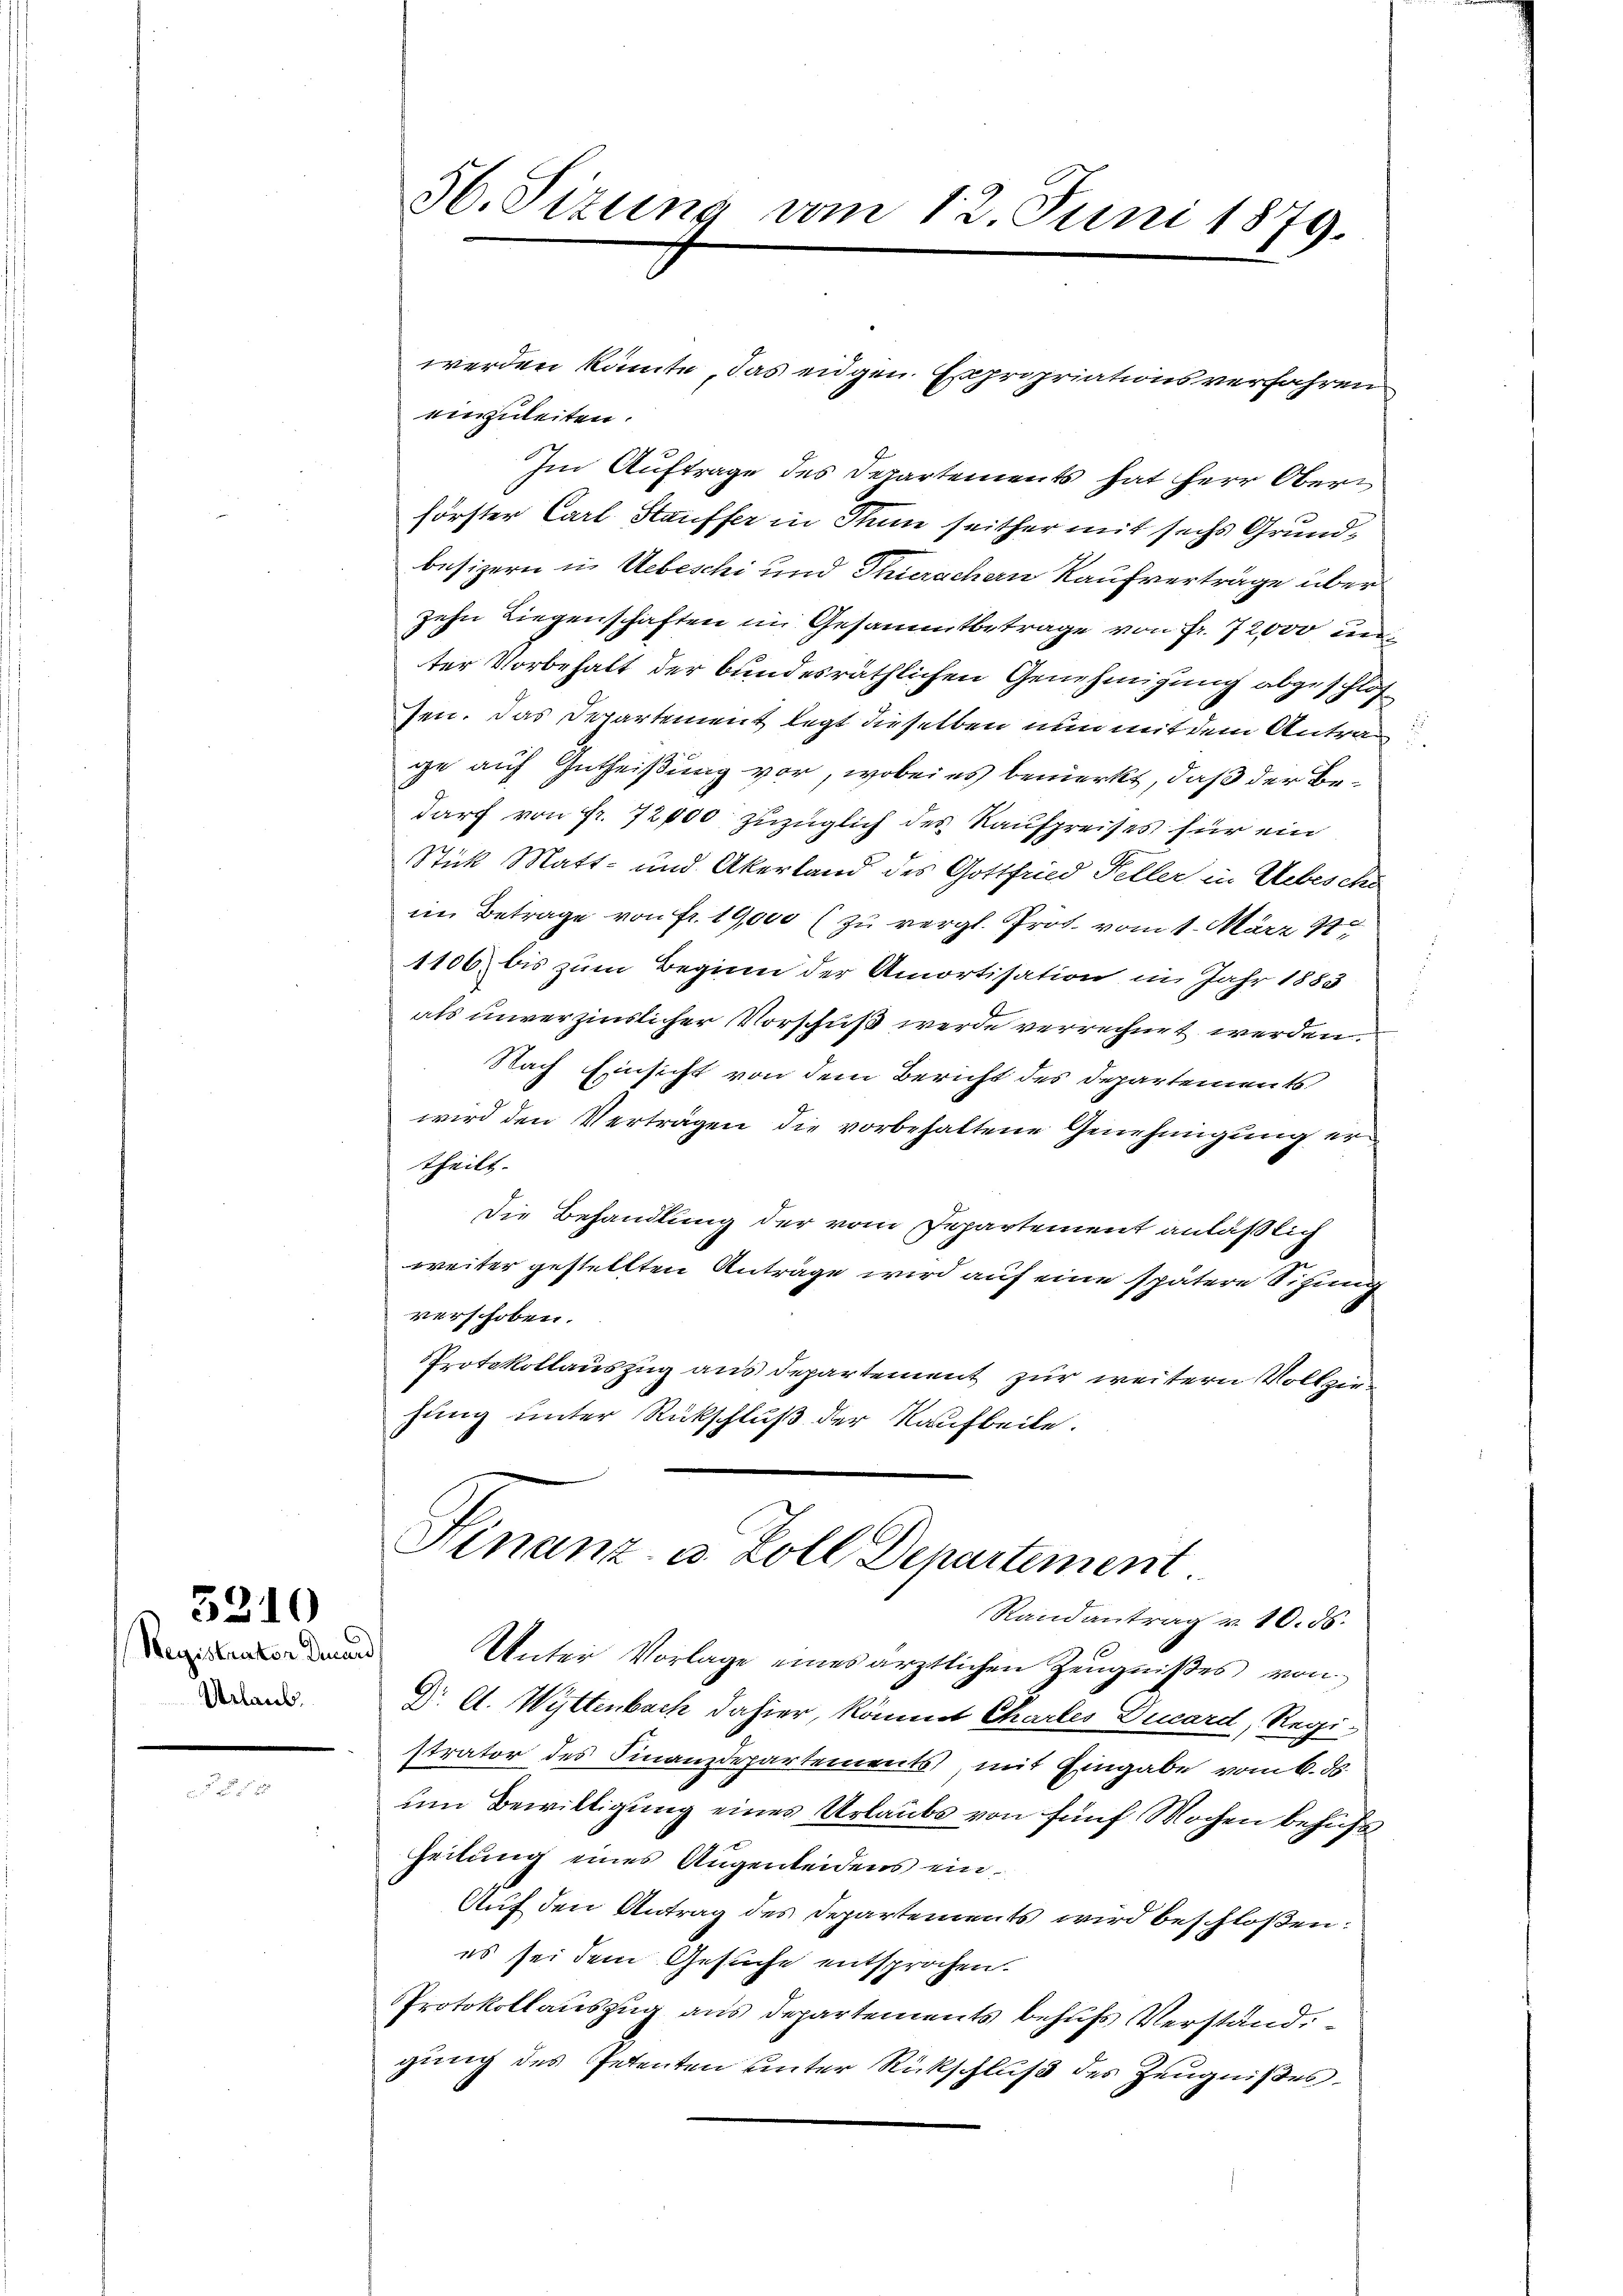
Registraten Dars
Urlaub.

5210

36. Sitzung vom 12. Juni 1879.

einzuleiten.
Im Auftrage des Departements hat Herr Oberi
förster Carl Stauffer in Thun seither mit sechs Grundbesizern in Uebeschi und Thierachern Kaufverträge über
zehn Liegenschaften im Gesammtbetrage von Fr. 72000 un
ter Vorbehalt der bundesräthlichen Genehmigung abgeschlos
sen. Das Departement legt dieselben nun mit dem Antrag
ge auf Gutheißung vor, wobei es bemerkt, daß der Bedarf von fr. 72000 zuzüglich des Kaufpreises für ein
Stick Matt- und Akerland des Gottfried Feller in Uebesche
im Betrage von Fr. 19,000 (zu vergl. Prot. vom 1. März 189
1106 bis zum Beginn der Amortisation im Jahr 1883
2
als unverzinslicher Vorschuß werde verrechnet werden.
Nach Einsicht von dem Bericht des Departements
wird den Verträgen die vorbehaltene Genehmigung er
theilt.
Die Behandlung der vom Departement anläßlich
weiter gestellten Anträge wird auf eine spätere Situng
verschoben.
Protokollauszug aus departement zur weitern Vollzie
hung unter Rückschluß der Kaufbeile.
Finanz- u. Zoll Departement.
Randantrag v. 10. ds.
Unter Vorlage eines ärztlichen Zeŭgnisses von
Dr. A. Wyttenbach dahier, kommt Chartes Decard, Registrator des Finanzdepartements mit Eingabe vom 6. d.
um Bewilligung eines Urlaubs von fünf Wochen behufs
heilung eines Augenleidens ein¬
Auf den Antrag des Departements wird beschloßen:
es sei dem Gesuche entsprochen.
Protokollauszug aus Departements behufs Verstand.
gung des Petenten unter Rückschluß des Zeugnißes

werden könnte, das eidgen. Expropriationsverfahren